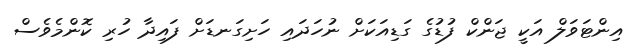
އިންޓަވަލް އަކީ ޖަންކް ފުޑުގެ ގަޑިއަކަށް ނުހަދައި ހަށިގަނޑަށް ފައިދާ ހުރި ކޮންމެވެސް